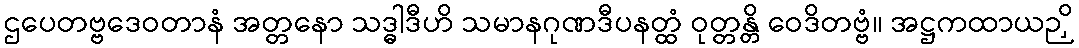
ဌပေတဗ္ဗဒေဝတာနံ အတ္တနော သဒ္ဓါဒီဟိ သမာနဂုဏဒီပနတ္ထံ ဝုတ္တန္တိ ဝေဒိတဗ္ဗံ။ အဋ္ဌကထာယဉှိ